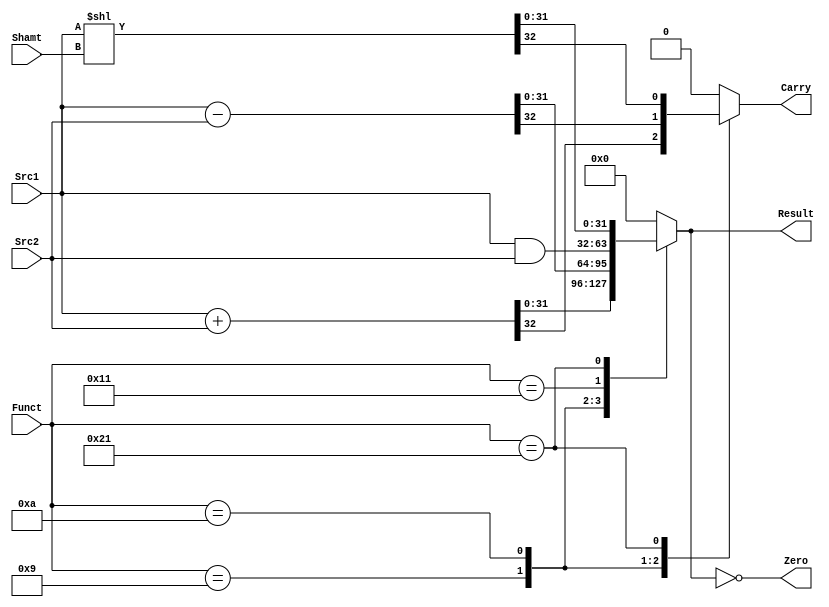
module ALU (
input [31:0] Src1,
input [31:0] Src2,
input [4:0] Shamt,
input [5:0] Funct,
output [31:0] Result,
output Zero,
output Carry
);
  reg[31:0] result_reg;
  reg carry_reg = 0;
  assign Carry = carry_reg;
  assign Result = result_reg;
  assign Zero = !(result_reg);
  always@(Funct, Src1, Src2, Shamt) begin
    carry_reg = 0;
    case(Funct)
      6'b001001 : {carry_reg, result_reg} = Src1 + Src2;
      6'b001010 : {carry_reg, result_reg} = Src1 - Src2;
      6'b010001 : result_reg = Src1 & Src2;
      6'b100001 : {carry_reg, result_reg} = Src1 << Shamt;
      default : result_reg = 0;
    endcase  
  end

endmodule